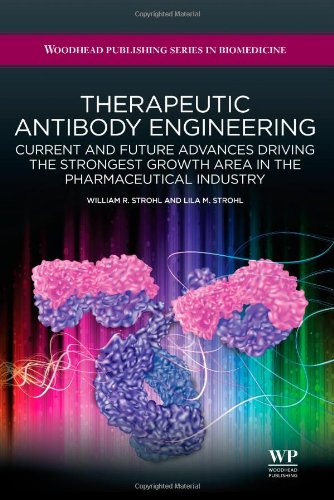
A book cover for Therapeutic Antibody Engineering: Current and Future Advances Driving the Strongest Growth Area in the Pharmaceutical Industry (Woodhead Publishing Series in Biomedicine); William R Strohl; Business & Money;